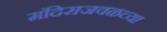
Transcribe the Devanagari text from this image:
मंदिराजवळच्या